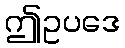
ဤဥပဒေ